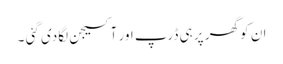
ان کو گھر پر ہی ڈرپ اور آکسیجن لگادی گئی ۔